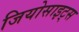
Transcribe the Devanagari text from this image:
जियोसाइट्स